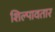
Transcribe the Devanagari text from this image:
शिल्पावतार